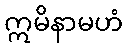
ဣမိနာမဟံ